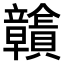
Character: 𧹉